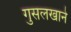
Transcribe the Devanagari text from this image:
गुसलखाने